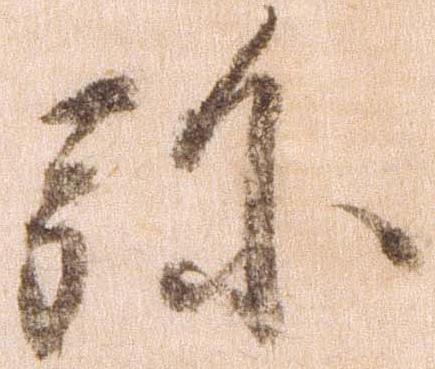
弥